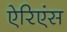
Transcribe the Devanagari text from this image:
ऐरिएंस